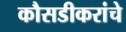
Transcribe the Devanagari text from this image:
कौसडीकरांचे